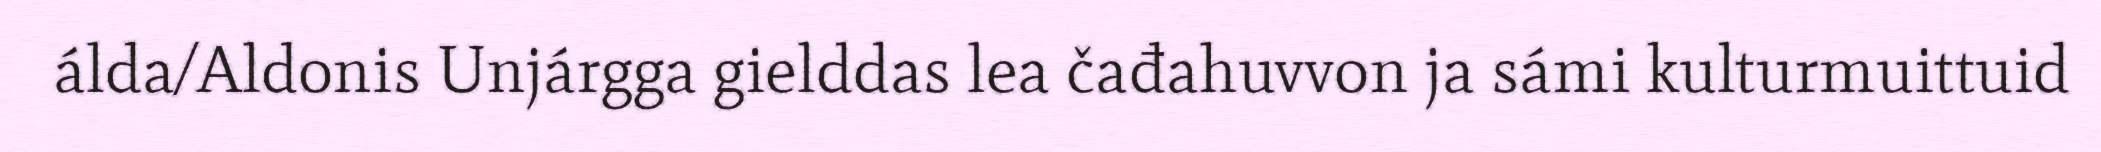
álda/Aldonis Unjárgga gielddas lea čađahuvvon ja sámi kulturmuittuid